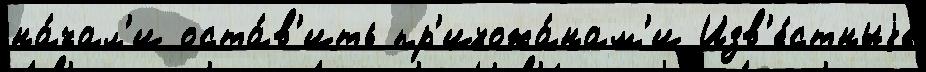
на́чал'и оста́в'ить пр'ихожа́нам'и Изв'е́стныjе